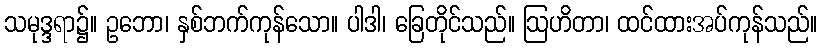
သမုဒ္ဒရာ၌။ ဥဘော၊ နှစ်ဘက်ကုန်သော။ ပါဒါ၊ ခြေတိုင်သည်။ ဩဟိတာ၊ ထင်ထားအပ်ကုန်သည်။